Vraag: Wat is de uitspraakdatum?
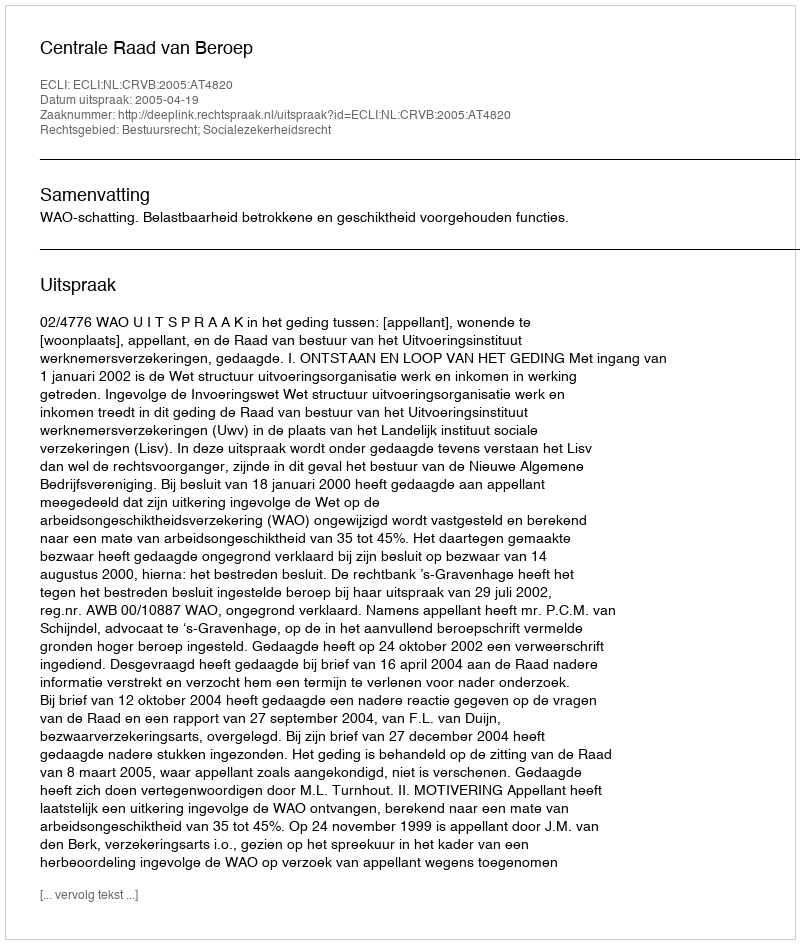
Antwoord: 2005-04-19